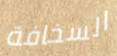
السخافة